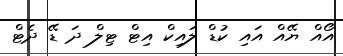
އޯއް ޔޭއް އައި ކުޑް ލައިކް އިޓް ޓިލް ދަ ޑޭ ދެޓް